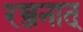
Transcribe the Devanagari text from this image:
रञ्जनात्